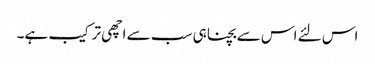
اس لئے اس سے بچنا ہی سب سے اچھی ترکیب ہے۔